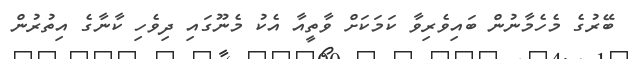
ބޭރުގެ މެހެމާނުން ބައިވެރިވާ ކަމަކަށް ވާތީއާ އެކު މެނޫގައި ދިވެހި ކާނާގެ އިތުރުން